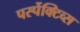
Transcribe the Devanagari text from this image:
पर्स्पेक्टिव्स